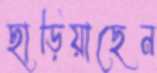
ছাড়িয়াছেন